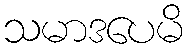
သမာဒပေမိ